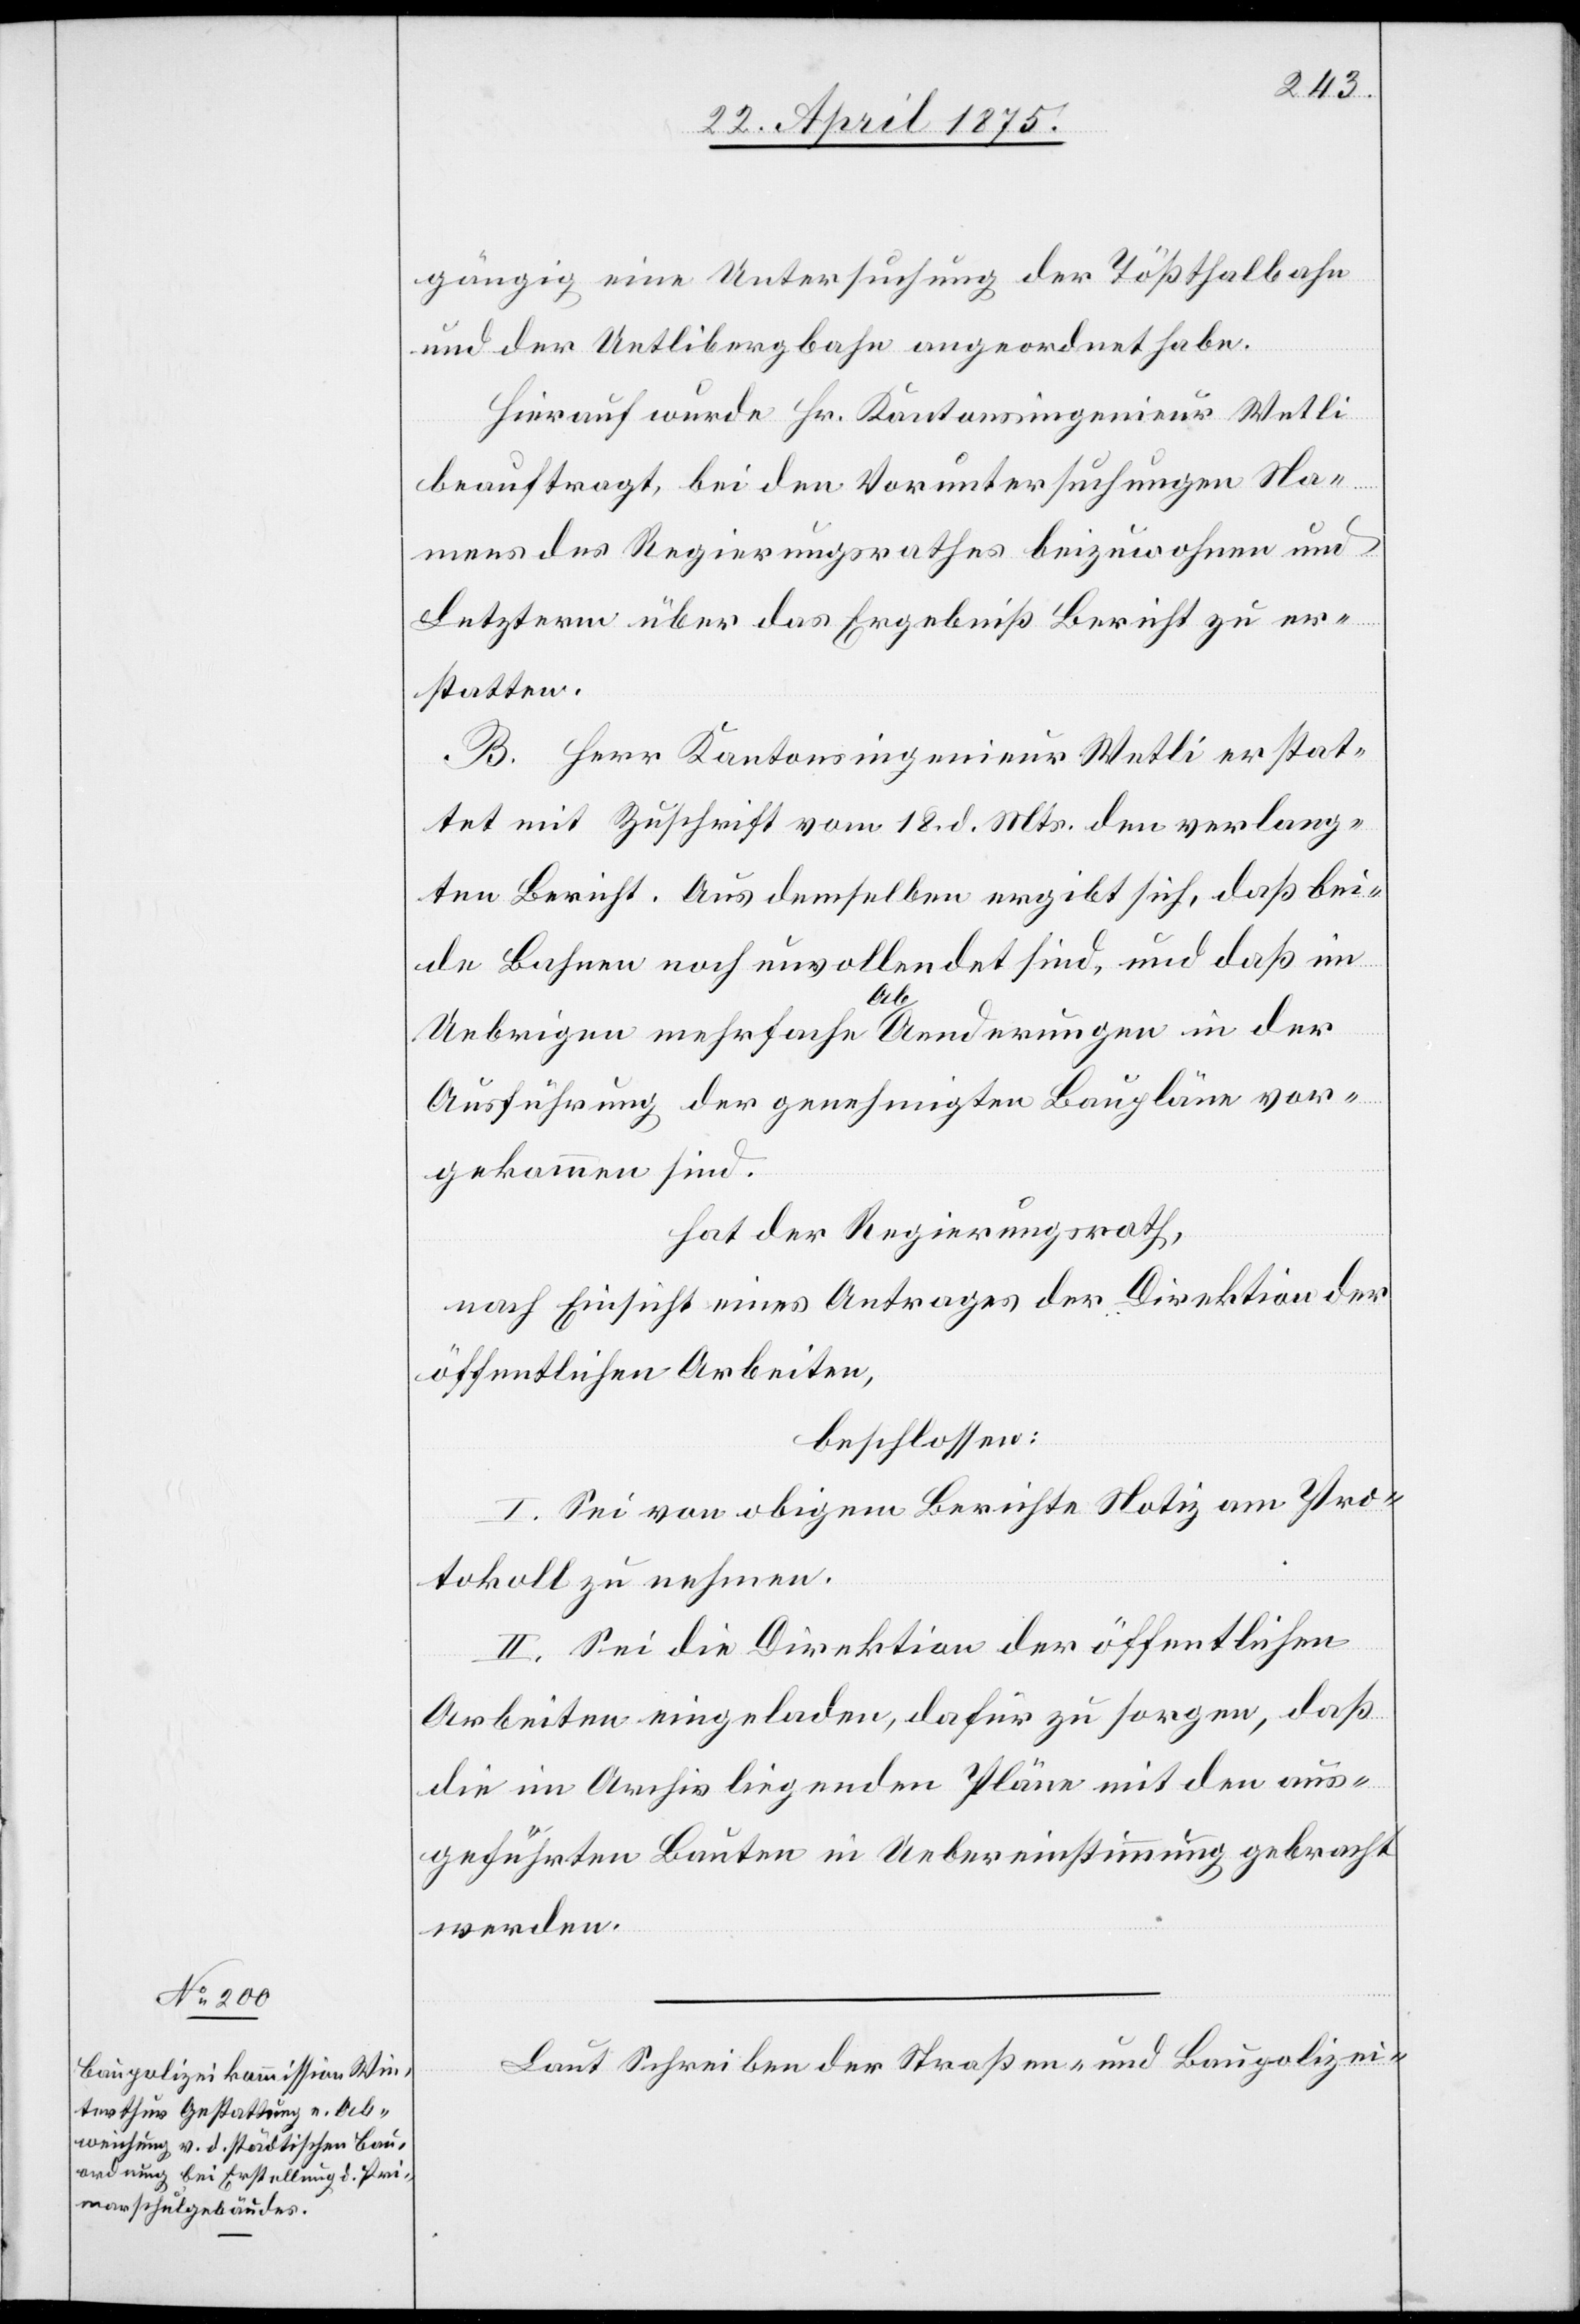
gängig eine Untersuchung der Tößthalbahn
und der Uetlibergbahn angeordnet habe.
Hierauf wurde Hr. Kantonsingenieur Wetli
beauftragt, bei den Voruntersuchungen Na¬
mens des Regierungsrathes beizuwohnen und
Letzterm über das Ergebniß Bericht zu er¬
statten.
B. Herr Kantonsingenieur Wetli erstat¬
tet mit Zuschrift vom 18. d. Mts. den verlang¬
ten Bericht. Aus demselben ergibt sich, daß im
Uebrigen mehrfache a-Ab-aAenderung in der
Ausführung der genehmigten Baupläne vor¬
gekommen sind.
hat der Regierungsrath,
nach Einsicht eines Antrages der Direktion der
öffentlichen Arbeiten,
beschlossen:
I. Sein von obigem Berichte Notiz am Pro¬
tokoll zu nehmen.
II. Sei die Direktion der öffentlichen
Arbeiten eingeladen, dafür zu sorgen, daß
die im Archiv liegenden Pläne mit den aus¬
geführten Bauten in Uebereinstimmung gebracht
werden.
Laut Schreiben der Straßen- und Baupolizei-